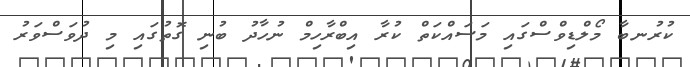
ކުރުނބާ މޯލްޑިވްސްގައި މަސައްކަތް ކުރާ އިބްރާހިމް ނުހާދު ބުނި ގޮތުގައި މި ދުވަސްވަރު